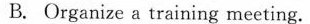
B. Organize a training meeting.